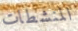
المنشطات